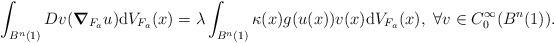
LaTeX: \begin{align*} \int_{B^n(1)}Dv(\boldsymbol{\nabla}_{F_a} u){\text d}V_{F_a}(x)=\lambda\int_{B^n(1)}\kappa(x)g(u(x))v(x){\text d}V_{F_a}(x),\ \forall v\in C_0^\infty(B^n(1)).\end{align*}